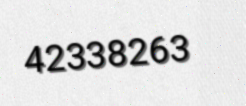
42338263